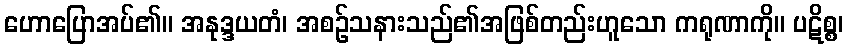
ဟောပြောအပ်၏။ အနုဒ္ဒယတံ၊ အစဉ်သနားသည်၏အဖြစ်တည်းဟူသော ကရုဏာကို။ ပဋိစ္စ၊